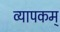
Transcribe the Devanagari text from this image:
व्यापकम्